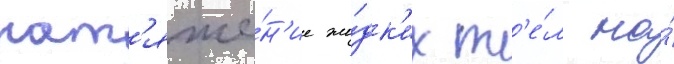
нат'яже́н'ие жи́дк'их т'е́л на́